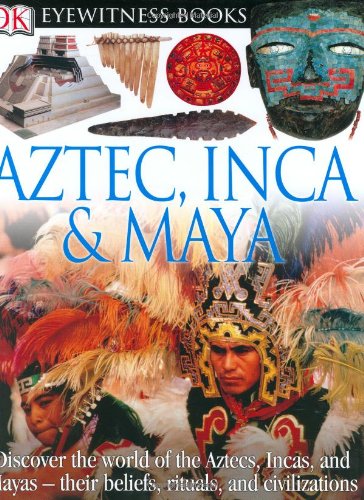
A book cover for Aztec, Inca, and Maya (DK Eyewitness Books); Elizabeth Baquedano; Children's Books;